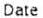
DATE